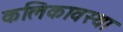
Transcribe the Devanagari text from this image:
कलिकावस्था